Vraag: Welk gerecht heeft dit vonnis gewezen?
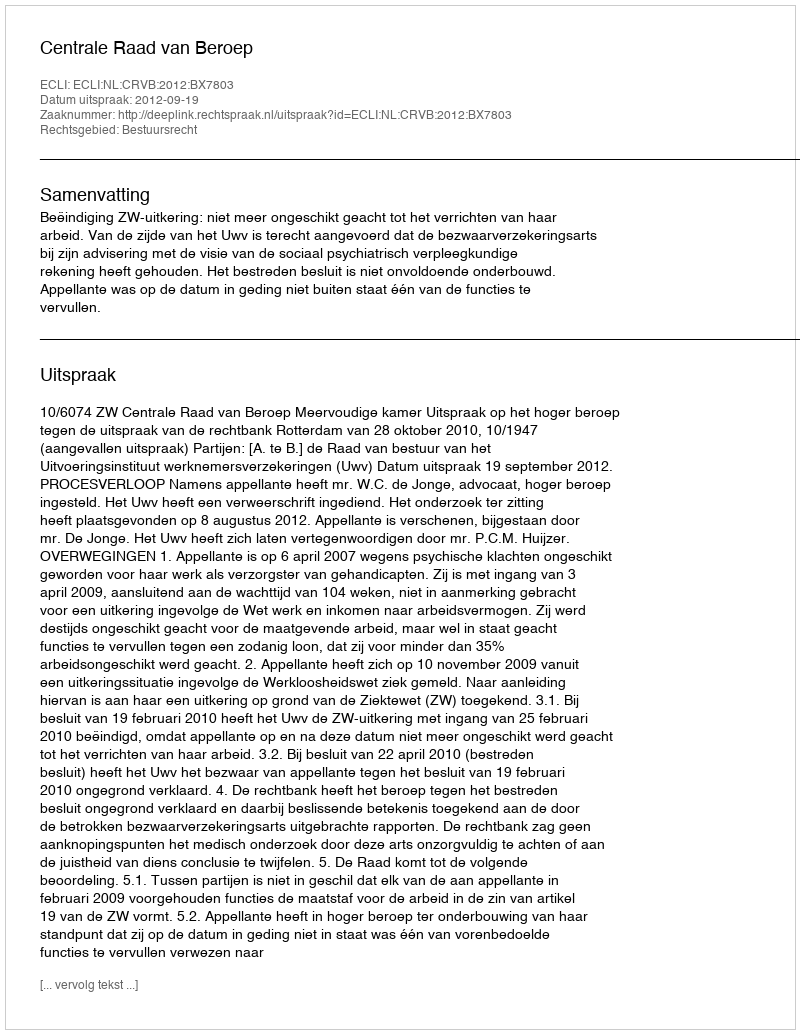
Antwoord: Centrale Raad van Beroep